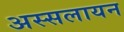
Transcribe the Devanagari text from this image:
अस्सलायन